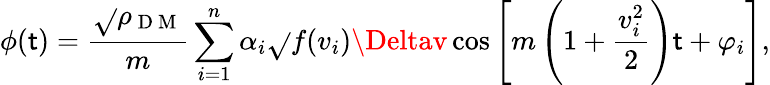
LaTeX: \phi(\mathsf{t})=\frac{{\sqrt{}{{\rho_{\mathrm{{~D~M~}}}}}}}{{m}}\sum_{i=1}^{n}\alpha_{i}\sqrt{}{{f(v_{i})\Deltav}}\cos\left[m\left(1+\frac{{v_{i}^{2}}}{{2}}\right)\mathsf{t}+\varphi_{i}\right],